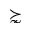
\succnsim